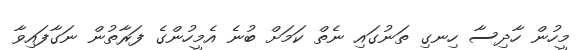
މީހުން ހާދިސާ ހިނގި ތަނުގައި ނެތް ކަމަށް ބުނެ އެމީހުންގެ ފަރާތުން ނަގާފައިވާ